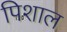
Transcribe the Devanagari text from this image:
पिशाल